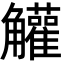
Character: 䚭